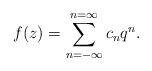
LaTeX: \begin{align*}f(z)=\sum_{n=-\infty}^{n=\infty} c_n q^n.\end{align*}